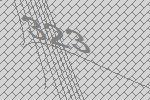
323